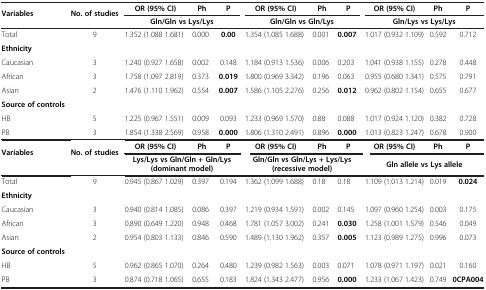
<table><thead><tr><td><b>Variables</b></td><td><b>No. of studies</b></td><td><b>OR (95% CI)</b></td><td><b>Ph</b></td><td><b>P</b></td><td><b>OR (95% CI)</b></td><td><b>Ph</b></td><td><b>P</b></td><td><b>OR (95% CI)</b></td><td><b>Ph</b></td><td><b>P</b></td></tr><tr><td><b> </b></td><td><b> </b></td><td colspan="3"><b>Gln/Gln vs Lys/Lys</b></td><td colspan="3"><b>Gln/Gln vs Gln/Lys</b></td><td colspan="3"><b>Gln/Lys vs Lys/Lys</b></td></tr></thead><tbody><tr><td>Total</td><td>9</td><td>1.352 (1.088 1.681)</td><td>0.000</td><td><b>0.00</b></td><td>1.354 (1.085 1.688)</td><td>0.001</td><td><b>0.007</b></td><td>1.017 (0.932 1.109)</td><td>0.592</td><td>0.712</td></tr><tr><td><b>Ethnicity</b></td><td> </td><td> </td><td> </td><td> </td><td> </td><td> </td><td> </td><td> </td><td> </td><td> </td></tr><tr><td>Caucasian</td><td>3</td><td>1.240 (0.927 1.658)</td><td>0.002</td><td>0.148</td><td>1.184 (0.913 1.536)</td><td>0.006</td><td>0.203</td><td>1.041 (0.938 1.155)</td><td>0.278</td><td>0.448</td></tr><tr><td>African</td><td>3</td><td>1.758 (1.097 2.819)</td><td>0.373</td><td><b>0.019</b></td><td>1.800 (0.969 3.342)</td><td>0.196</td><td>0.063</td><td>0.955 (0.680 1.341)</td><td>0.575</td><td>0.791</td></tr><tr><td>Asian</td><td>2</td><td>1.476 (1.110 1.962)</td><td>0.554</td><td><b>0.007</b></td><td>1.586 (1.105 2.276)</td><td>0.256</td><td><b>0.012</b></td><td>0.962 (0.802 1.154)</td><td>0.655</td><td>0.677</td></tr><tr><td><b>Source of controls</b></td><td> </td><td> </td><td> </td><td> </td><td> </td><td> </td><td> </td><td> </td><td> </td><td> </td></tr><tr><td>HB</td><td>5</td><td>1.225 (0.967 1.551)</td><td>0.009</td><td>0.093</td><td>1.233 (0.969 1.570)</td><td>0.88</td><td>0.088</td><td>1.017 (0.924 1.120)</td><td>0.382</td><td>0.728</td></tr><tr><td>PB</td><td>3</td><td>1.854 (1.338 2.569)</td><td>0.958</td><td><b>0.000</b></td><td>1.806 (1.310 2.491)</td><td>0.896</td><td><b>0.000</b></td><td>1.013 (0.823 1.247)</td><td>0.678</td><td>0.900</td></tr><tr><td><b>Variables</b></td><td><b>No. of studies</b></td><td><b>OR (95% CI)</b></td><td><b>Ph</b></td><td><b>P</b></td><td><b>OR (95% CI)</b></td><td><b>Ph</b></td><td><b>P</b></td><td><b>OR (95% CI)</b></td><td><b>Ph</b></td><td><b>P</b></td></tr><tr><td> </td><td> </td><td colspan="3"><b>Lys/Lys vs Gln/Gln + Gln/Lys (dominant model)</b></td><td colspan="3"><b>Gln/Gln vs Gln/Lys + Lys/Lys (recessive model)</b></td><td colspan="3"><b>Gln allele vs Lys allele</b></td></tr><tr><td>Total</td><td>9</td><td>0.945 (0.867 1.029)</td><td>0.397</td><td>0.194</td><td>1.362 (1.099 1.688)</td><td>0.18</td><td>0.18</td><td>1.109 (1.013 1.214)</td><td>0.019</td><td><b>0.024</b></td></tr><tr><td><b>Ethnicity</b></td><td> </td><td> </td><td> </td><td> </td><td> </td><td> </td><td> </td><td> </td><td> </td><td> </td></tr><tr><td>Caucasian</td><td>3</td><td>0.940 (0.814 1.085)</td><td>0.086</td><td>0.397</td><td>1.219 (0.934 1.591)</td><td>0.002</td><td>0.145</td><td>1.097 (0.960 1.254)</td><td>0.003</td><td>0.175</td></tr><tr><td>African</td><td>3</td><td>0.890 (0.649 1.220)</td><td>0.948</td><td>0.468</td><td>1.781 (1.057 3.002)</td><td>0.241</td><td><b>0.030</b></td><td>1.258 (1.001 1.579)</td><td>0.546</td><td>0.049</td></tr><tr><td>Asian</td><td>2</td><td>0.954 (0.803 1.133)</td><td>0.846</td><td>0.590</td><td>1.489 (1.130 1.962)</td><td>0.357</td><td><b>0.005</b></td><td>1.123 (0.989 1.275)</td><td>0.996</td><td>0.073</td></tr><tr><td><b>Source of controls</b></td><td> </td><td> </td><td> </td><td> </td><td> </td><td> </td><td> </td><td> </td><td> </td><td> </td></tr><tr><td>HB</td><td>5</td><td>0.962 (0.865 1.070)</td><td>0.264</td><td>0.480</td><td>1.239 (0.982 1.563)</td><td>0.003</td><td>0.071</td><td>1.078 (0.971 1.197)</td><td>0.021</td><td>0.160</td></tr><tr><td>PB</td><td>3</td><td>0.874 (0.718 1.065)</td><td>0.655</td><td>0.183</td><td>1.824 (1.343 2.477)</td><td>0.956</td><td><b>0.000</b></td><td>1.233 (1.067 1.423)</td><td>0.749</td><td><b>0CPA004</b></td></tr></tbody></table>